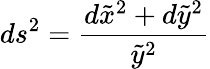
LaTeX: ds^{2}=\frac{d\tilde{x}^{2}+d\tilde{y}^{2}}{\tilde{y}^{2}}